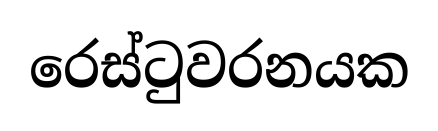
රෙස්ටුවරනයක